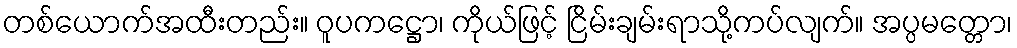
တစ်ယောက်အထီးတည်း။ ဝူပကဋ္ဌော၊ ကိုယ်ဖြင့် ငြိမ်းချမ်းရာသို့ကပ်လျက်။ အပ္ပမတ္တော၊